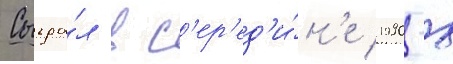
Сыгра́л в с'ер'ед'и́н'е 1990-х